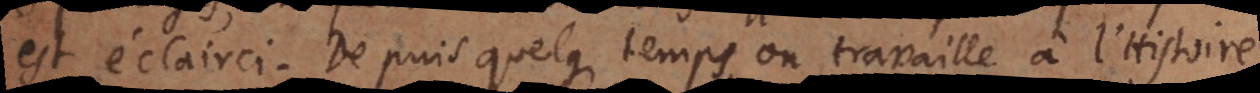
est éclairci. Depuis quelque temps on travaille à l’Histoire